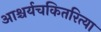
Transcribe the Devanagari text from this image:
आश्चर्यचकितरित्या